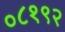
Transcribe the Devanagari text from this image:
०८१९२